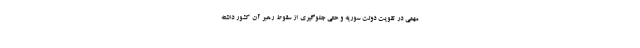
مهمی در تقویت دولت سوریه و حتی جلوگیری از سقوط رهبر آن کشور داشته